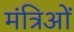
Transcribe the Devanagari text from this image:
मंत्रिओं